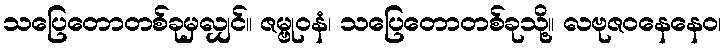
သပြေတောတစ်ခုမှလျှင်။ ဇမ္ဗုဝနံ၊ သပြေတောတစ်ခုသို့။ လဗုဇဝနေနေဝ၊